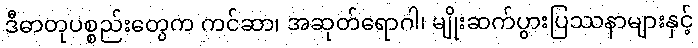
ဒီဓာတုပစ္စည်းတွေက ကင်ဆာ၊ အဆုတ်ရောဂါ၊ မျိုးဆက်ပွားပြဿနာများနှင့်